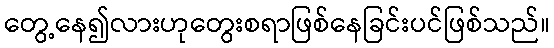
တွေ့နေ၍လားဟုတွေးစရာဖြစ်နေခြင်းပင်ဖြစ်သည်။